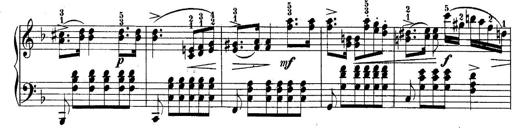
Title: 10 Sonatines progressives
Composer: Anton Schmoll